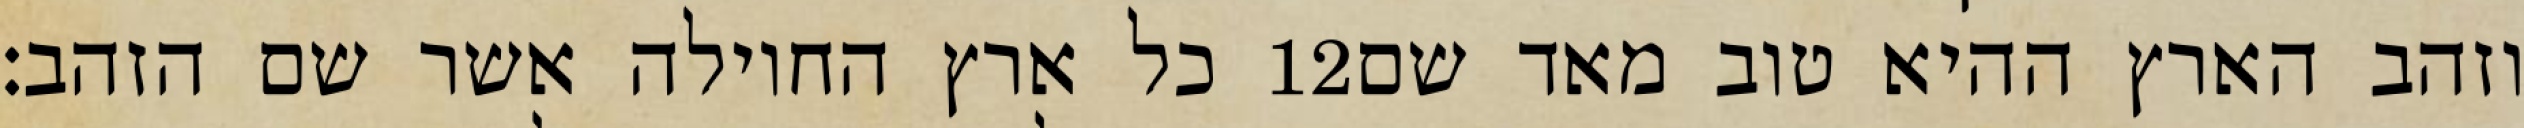
כל ארץ החוילה אשר שם הזהב׃ ‎12‏ וזהב הארץ ההיא טוב מאד שם